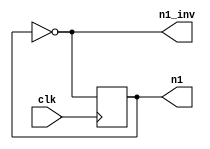
module dff0_test(n1, n1_inv, clk);
  input clk;
  output n1;
  reg n1 = 32'd0;
  output n1_inv;
  always @(posedge clk)
      n1 <= n1_inv;
  assign n1_inv = ~n1;
endmodule

module dff1_test(n1, n1_inv, clk);
  input clk;
  (* init = 32'd1 *)
  output n1;
  reg n1 = 32'd1;
  output n1_inv;
  always @(posedge clk)
      n1 <= n1_inv;
  assign n1_inv = ~n1;
endmodule

module dff0a_test(n1, n1_inv, clk);
  input clk;
  (* init = 32'd0 *) // Must be consistent with reg initialiser below
  output n1;
  reg n1 = 32'd0;
  output n1_inv;
  always @(posedge clk)
      n1 <= n1_inv;
  assign n1_inv = ~n1;
endmodule

module dff1a_test(n1, n1_inv, clk);
  input clk;
  (* init = 32'd1 *) // Must be consistent with reg initialiser below
  output n1;
  reg n1 = 32'd1;
  output n1_inv;
  always @(posedge clk)
      n1 <= n1_inv;
  assign n1_inv = ~n1;
endmodule

module dff_test_997 (y, clk, wire4);
// https://github.com/YosysHQ/yosys/issues/997
   output wire [1:0] y;
   input             clk;
   input signed      wire4;
   reg [1:0]  reg10 = 0;
   always @(posedge clk) begin
      reg10 <= wire4;
   end
   assign y = reg10;
endmodule